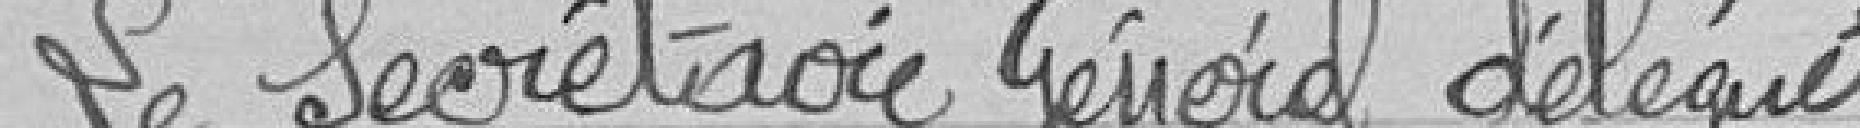
Le secrétaire général délégué